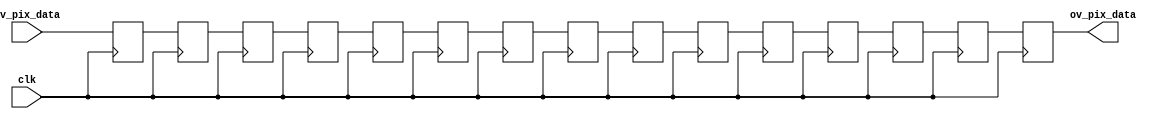
//-------------------------------------------------------------------------------------------------
//  --    : , 2010 -2015.
//  --      .
//  --          : FPGA
//  --        : ad_14bit_adc
//  --        : 
//-------------------------------------------------------------------------------------------------
//
//  --  :
//
//  --          :| 				:|  
//-------------------------------------------------------------------------------------------------
//  --        :| 2015/8/9 13:51:09	:|  
//-------------------------------------------------------------------------------------------------
//
//  --      :
//              1)  : ... ...
//
//              2)  : ... ...
//
//              3)  : ... ...
//
//-------------------------------------------------------------------------------------------------
///
`timescale 1ns/1ps
//-------------------------------------------------------------------------------------------------

module ad_14bit_adc (
	input				clk			,
	input	[13:0]		iv_pix_data	,
	output	[13:0]		ov_pix_data
	);

	//	ref signals

	reg		[13:0]		pix_data_dly0	= 14'b0;
	reg		[13:0]		pix_data_dly1	= 14'b0;
	reg		[13:0]		pix_data_dly2	= 14'b0;
	reg		[13:0]		pix_data_dly3	= 14'b0;
	reg		[13:0]		pix_data_dly4	= 14'b0;
	reg		[13:0]		pix_data_dly5	= 14'b0;
	reg		[13:0]		pix_data_dly6	= 14'b0;
	reg		[13:0]		pix_data_dly7	= 14'b0;
	reg		[13:0]		pix_data_dly8	= 14'b0;
	reg		[13:0]		pix_data_dly9	= 14'b0;
	reg		[13:0]		pix_data_dly10	= 14'b0;
	reg		[13:0]		pix_data_dly11	= 14'b0;
	reg		[13:0]		pix_data_dly12	= 14'b0;
	reg		[13:0]		pix_data_dly13	= 14'b0;
	reg		[13:0]		pix_data_dly14	= 14'b0;


	//	ref ARCHITECTURE

	//	-------------------------------------------------------------------------------------
	//	15
	//	-------------------------------------------------------------------------------------
	always @ (posedge clk) begin
		pix_data_dly0	<= iv_pix_data		;
		pix_data_dly1	<= pix_data_dly0	;
		pix_data_dly2	<= pix_data_dly1	;
		pix_data_dly3	<= pix_data_dly2	;
		pix_data_dly4	<= pix_data_dly3	;
		pix_data_dly5	<= pix_data_dly4	;
		pix_data_dly6	<= pix_data_dly5	;
		pix_data_dly7	<= pix_data_dly6	;
		pix_data_dly8	<= pix_data_dly7	;
		pix_data_dly9	<= pix_data_dly8	;
		pix_data_dly10	<= pix_data_dly9	;
		pix_data_dly11	<= pix_data_dly10	;
		pix_data_dly12	<= pix_data_dly11	;
		pix_data_dly13	<= pix_data_dly12	;
		pix_data_dly14	<= pix_data_dly13	;
	end
	assign	ov_pix_data	= pix_data_dly14	;





endmodule